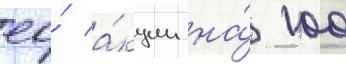
ео́ а́кции на́ 100